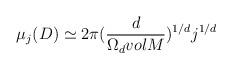
LaTeX: \begin{align*}{\mu}_j(D)\simeq2{\pi}(\frac{d}{{\Omega}_d volM})^{1/d}j^{1/d}\end{align*}